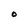
Character: O